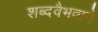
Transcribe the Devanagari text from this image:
शब्दवैभवाने